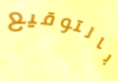
بالتوقيع